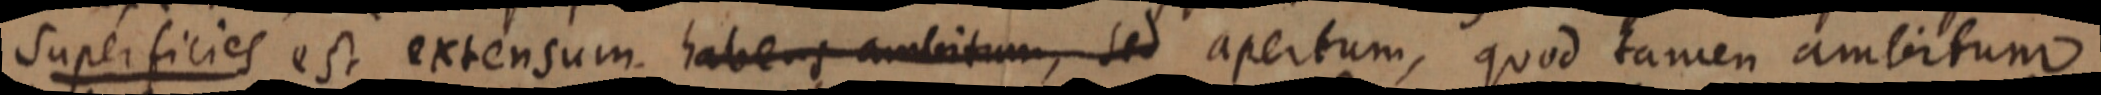
Superficies est extensum habens ambitum, sed apertum, quod tamen ambitum